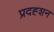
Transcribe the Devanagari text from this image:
प्रदह्शन